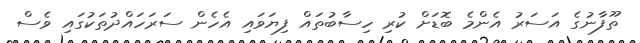
ތޫފާނުގެ އަސަރު އެންމެ ބޮޑަށް ކުރި ހިސާބުތައް ފިޔަވައި އެހެން ސަރަހައްދުތަކުގައި ވެސް